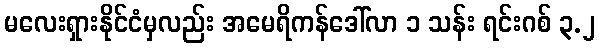
မလေးရှားနိုင်ငံမှလည်း အမေရိကန်ဒေါ်လာ ၁ သန်း ရင်းဂစ် ၃.၂